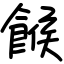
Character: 餱